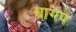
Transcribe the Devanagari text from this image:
बागप